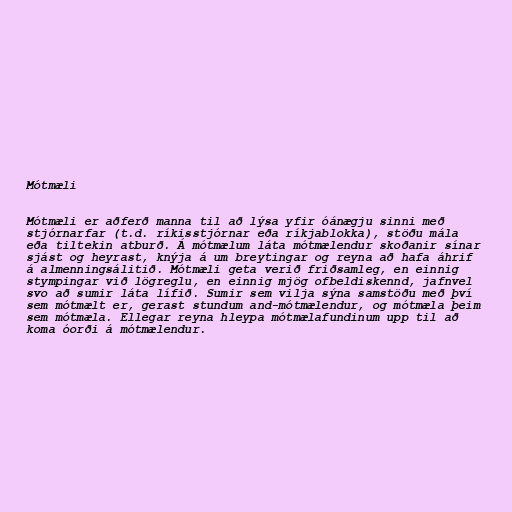
Mótmæli

Mótmæli er aðferð manna til að lýsa yfir óánægju sinni með
stjórnarfar (t.d. ríkisstjórnar eða ríkjablokka), stöðu mála
eða tiltekin atburð. Á mótmælum láta mótmælendur skoðanir sínar
sjást og heyrast, knýja á um breytingar og reyna að hafa áhrif
á almenningsálitið. Mótmæli geta verið friðsamleg, en einnig
stympingar við lögreglu, en einnig mjög ofbeldiskennd, jafnvel
svo að sumir láta lífið. Sumir sem vilja sýna samstöðu með því
sem mótmælt er, gerast stundum and-mótmælendur, og mótmæla þeim
sem mótmæla. Ellegar reyna hleypa mótmælafundinum upp til að
koma óorði á mótmælendur.